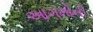
આગમોની